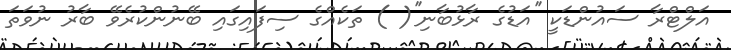
އަލްޓްރާ ސައުންޑަކީ ''އަޑުގެ ރާޅުބާނި''( ) ތަކެއްގެ ސިފައިގައި ބޭނުންކުރެވޭ ބާރު ނުވަތަ